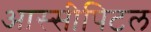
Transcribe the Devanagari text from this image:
आस्सीपिटल